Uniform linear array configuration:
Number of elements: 24
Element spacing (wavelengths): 1
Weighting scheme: blackman
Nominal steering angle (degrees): -30
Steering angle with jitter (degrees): -31.188
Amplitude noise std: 0.05
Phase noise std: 0.05

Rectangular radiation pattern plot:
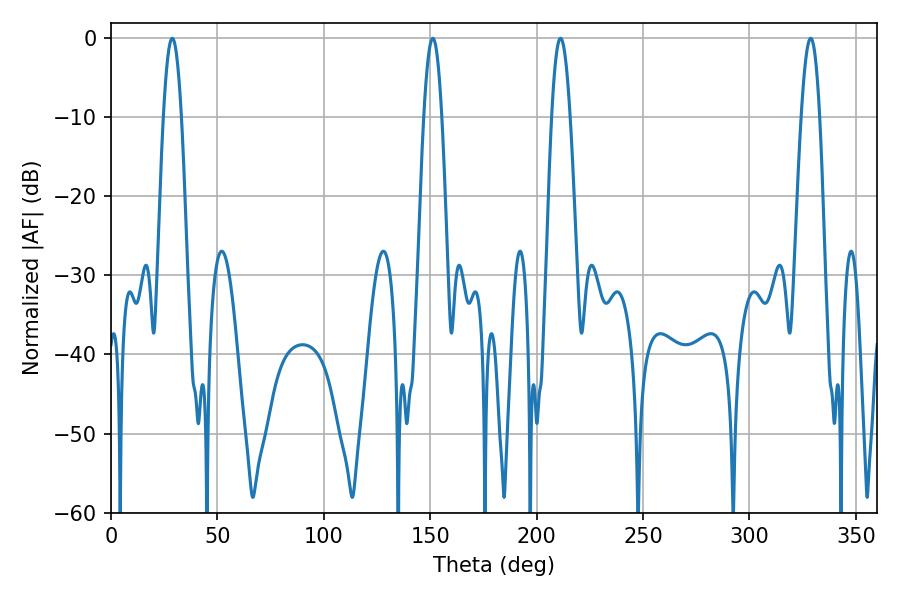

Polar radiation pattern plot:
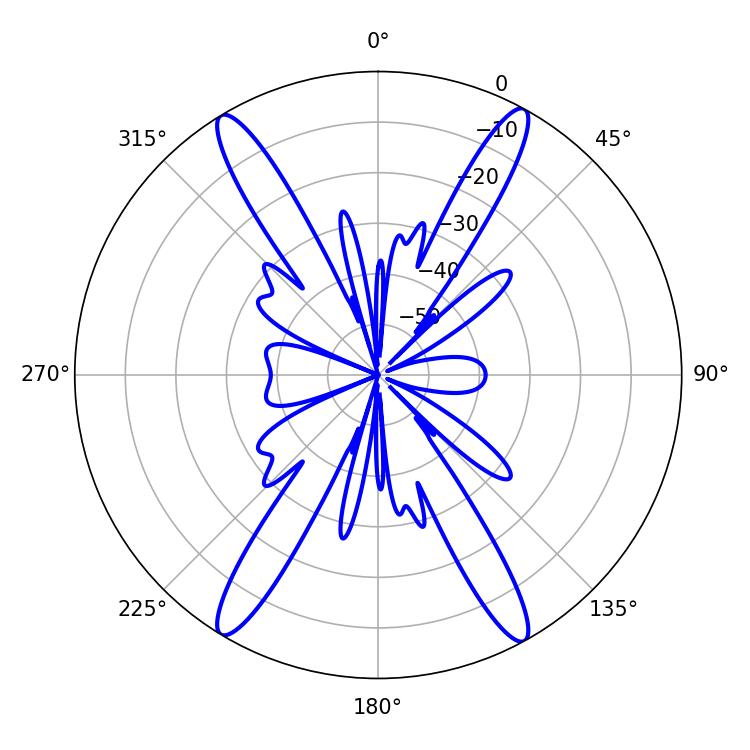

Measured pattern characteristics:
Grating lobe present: TRUE
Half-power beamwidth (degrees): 4.68
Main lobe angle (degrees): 28.8